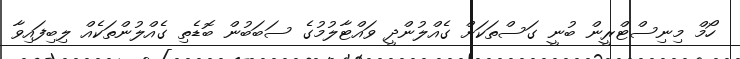
ހޯމް މިނިސްޓްރީން ބުނީ ގަސްތަކަށް ގެއްލުންދީ ވައްޓާލުމުގެ ސަބަބުން ބޮޑެތި ގެއްލުންތަކެއް ލިބިފައިވާ